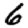
Digit: 6